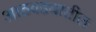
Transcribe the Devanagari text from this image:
आठवडयातील